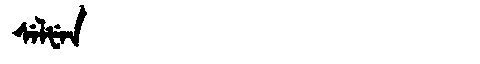
Manchu: ᠰᡝᠯᡶᡝᠨ
Romanization: SELFEN